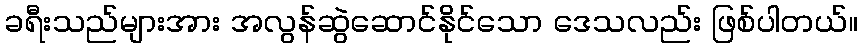
ခရီးသည်များအား အလွန်ဆွဲဆောင်နိုင်သော ဒေသလည်း ဖြစ်ပါတယ်။